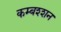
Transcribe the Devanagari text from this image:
कम्बश्शन